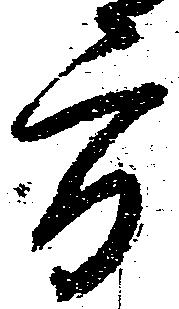
方